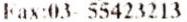
FAX:03- 55423213